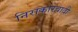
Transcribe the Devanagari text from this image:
निराकारवादी